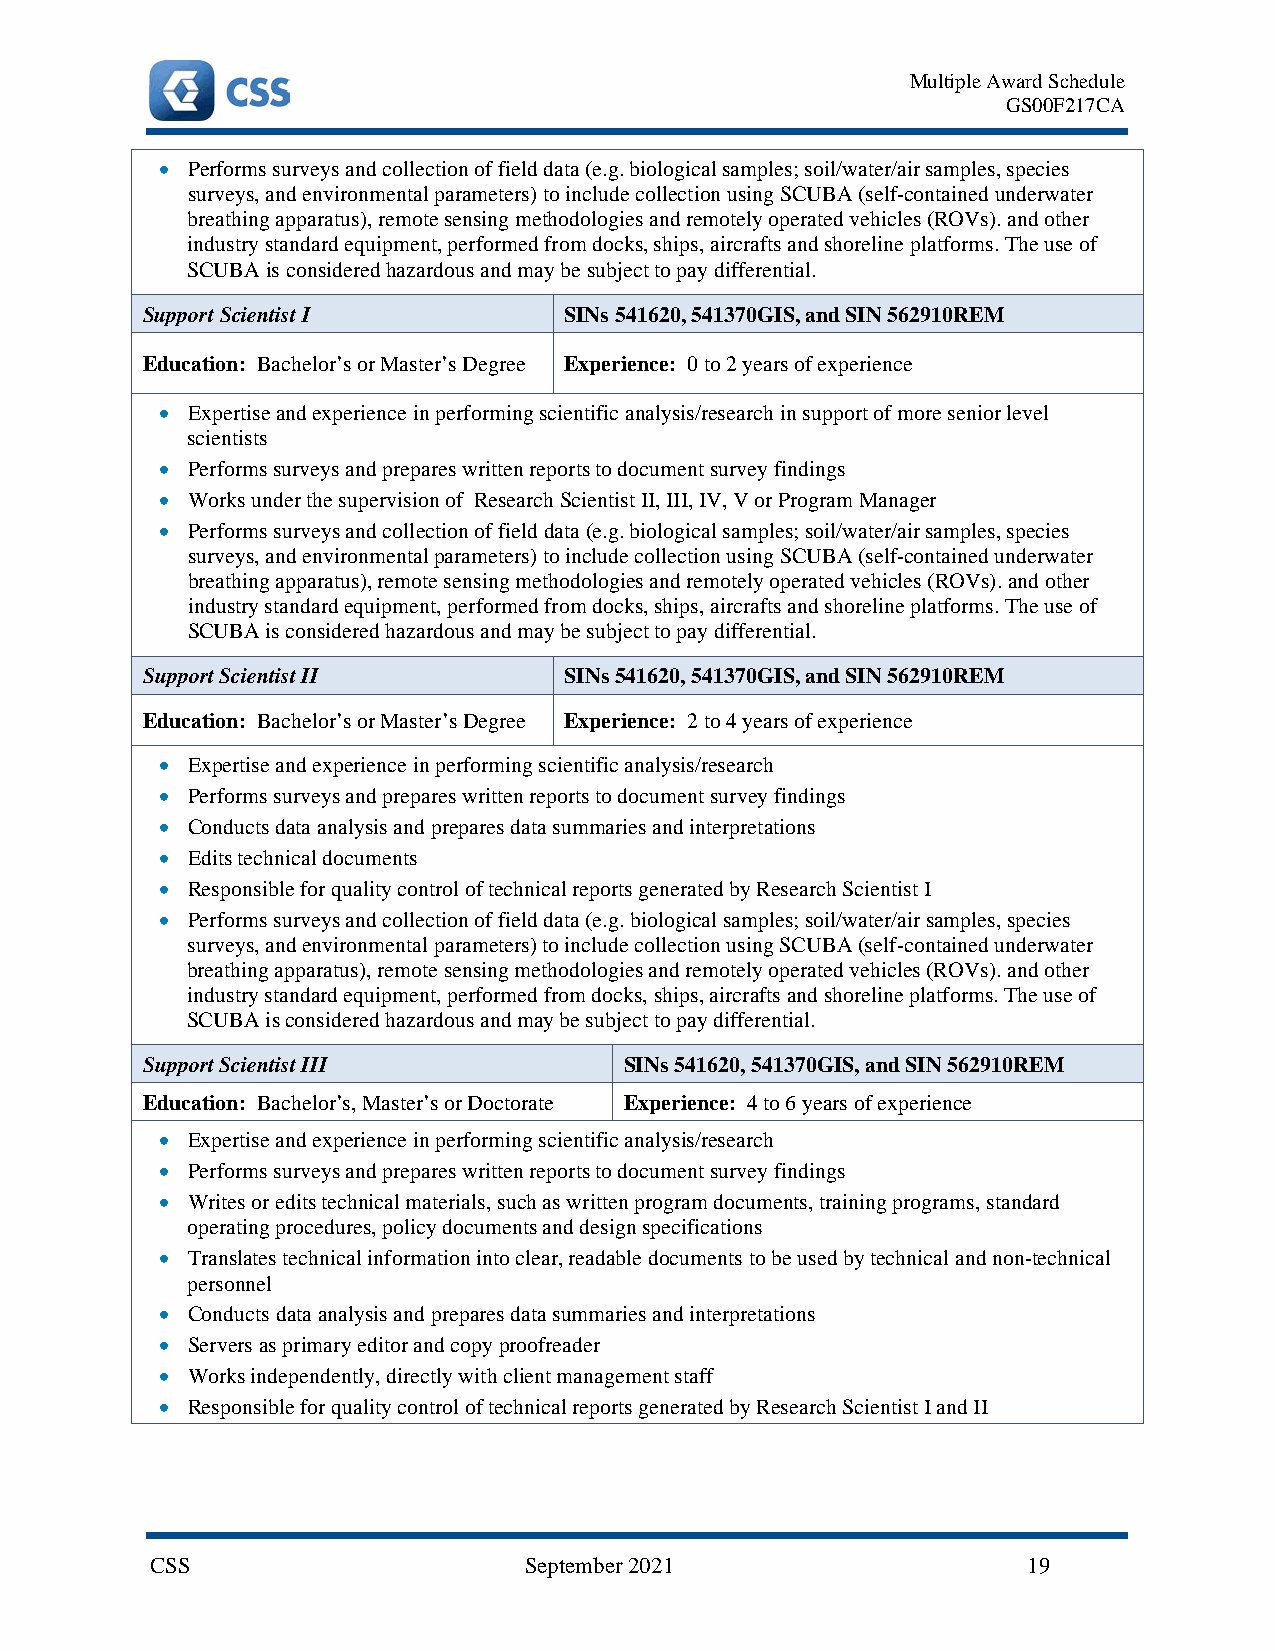
Multiple Award Schedule
 GS00F217CA
 • Performs surveys and collection of field data (e.g. biological samples; soil/water/air samples, species
 surveys, and environmental parameters) to include collection using SCUBA (self-contained underwater
 breathing apparatus), remote sensing methodologies and remotely operated vehicles (ROVs). and other
 industry standard equipment, performed from docks, ships, aircrafts and shoreline platforms. The use of
 SCUBA is considered hazardous and may be subject to pay differential.
 Support Scientist I         SINs 541620, 541370GIS, and SIN 562910REM
 Education: Bachelor’s or Master’s Degree Experience: 0 to 2 years of experience
 • Expertise and experience in performing scientific analysis/research in support of more senior level
 scientists
 • Performs surveys and prepares written reports to document survey findings
 • Works under the supervision of Research Scientist II, III, IV, V or Program Manager
 • Performs surveys and collection of field data (e.g. biological samples; soil/water/air samples, species
 surveys, and environmental parameters) to include collection using SCUBA (self-contained underwater
 breathing apparatus), remote sensing methodologies and remotely operated vehicles (ROVs). and other
 industry standard equipment, performed from docks, ships, aircrafts and shoreline platforms. The use of
 SCUBA is considered hazardous and may be subject to pay differential.
 Support Scientist II        SINs 541620, 541370GIS, and SIN 562910REM
 Education: Bachelor’s or Master’s Degree Experience: 2 to 4 years of experience
 • Expertise and experience in performing scientific analysis/research
 • Performs surveys and prepares written reports to document survey findings
 • Conducts data analysis and prepares data summaries and interpretations
 • Edits technical documents
 • Responsible for quality control of technical reports generated by Research Scientist I
 • Performs surveys and collection of field data (e.g. biological samples; soil/water/air samples, species
 surveys, and environmental parameters) to include collection using SCUBA (self-contained underwater
 breathing apparatus), remote sensing methodologies and remotely operated vehicles (ROVs). and other
 industry standard equipment, performed from docks, ships, aircrafts and shoreline platforms. The use of
 SCUBA is considered hazardous and may be subject to pay differential.
 Support Scientist III           SINs 541620, 541370GIS, and SIN 562910REM
 Education: Bachelor’s, Master’s or Doctorate Experience: 4 to 6 years of experience
 • Expertise and experience in performing scientific analysis/research
 • Performs surveys and prepares written reports to document survey findings
 • Writes or edits technical materials, such as written program documents, training programs, standard
 operating procedures, policy documents and design specifications
 • Translates technical information into clear, readable documents to be used by technical and non-technical
 personnel
 • Conducts data analysis and prepares data summaries and interpretations
 • Servers as primary editor and copy proofreader
 • Works independently, directly with client management staff
 • Responsible for quality control of technical reports generated by Research Scientist I and II
 CSS                      September 2021                   19